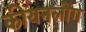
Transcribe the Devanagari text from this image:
कीयनलोंग